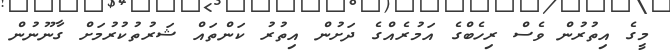
މީގެ އިތުރުން ވެސް ރިހެބްގެ އަމުރެއްގެ ދަށުން އިތުރު ކަންތައް ޝަރުތުކުރުމަށް ގާނޫނުން